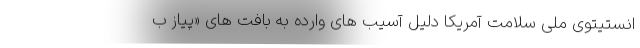
انستیتوی ملی سلامت آمریکا دلیل آسیب های وارده به بافت های «پیاز ب